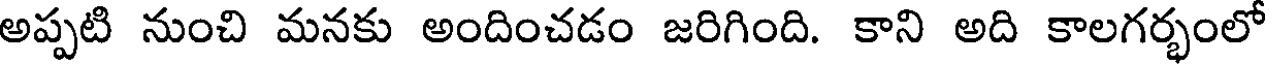
అప్పటి నుంచి మనకు అందించడం జరిగింది. కాని అది కాలగర్భంలో